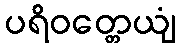
ပရိဝတ္တေယျံ